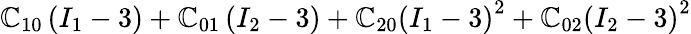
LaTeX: \mathbb{C}_{10}\left(I_{1}-3\right)+\mathbb{C}_{01}\left(I_{2}-3\right)+\mathbb{C}_{20}\left(I_{1}-3\right)^{2}+\mathbb{C}_{02}\left(I_{2}-3\right)^{2}